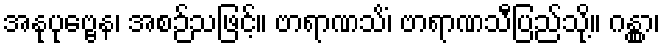
အနုပုဗ္ဗေန၊ အစဉ်သဖြင့်။ ဗာရာဏသိံ၊ ဗာရာဏသီပြည်သို့။ ဂန္တွာ၊